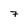
Character: 7